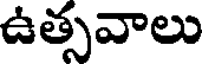
ఉత్సవాలు